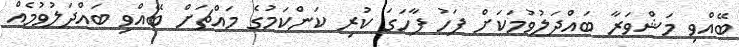
ބޭއްވި މަޝްވަރާ ބައްދަލުވުމަކަށް ފަހު ފާހަގަ ކުރި ކަންކަމުގެ މައްޗަށް ބޭއްވި ބައްދަލުވުމެއް